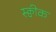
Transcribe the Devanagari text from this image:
स्क्वीक